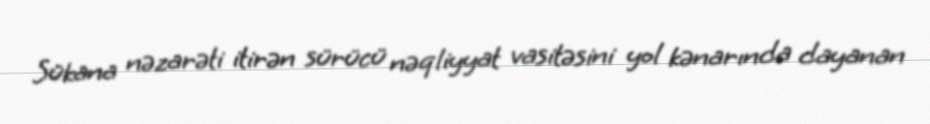
Sükana nəzarəti itirən sürücü nəqliyyat vasitəsini yol kənarında dayanan